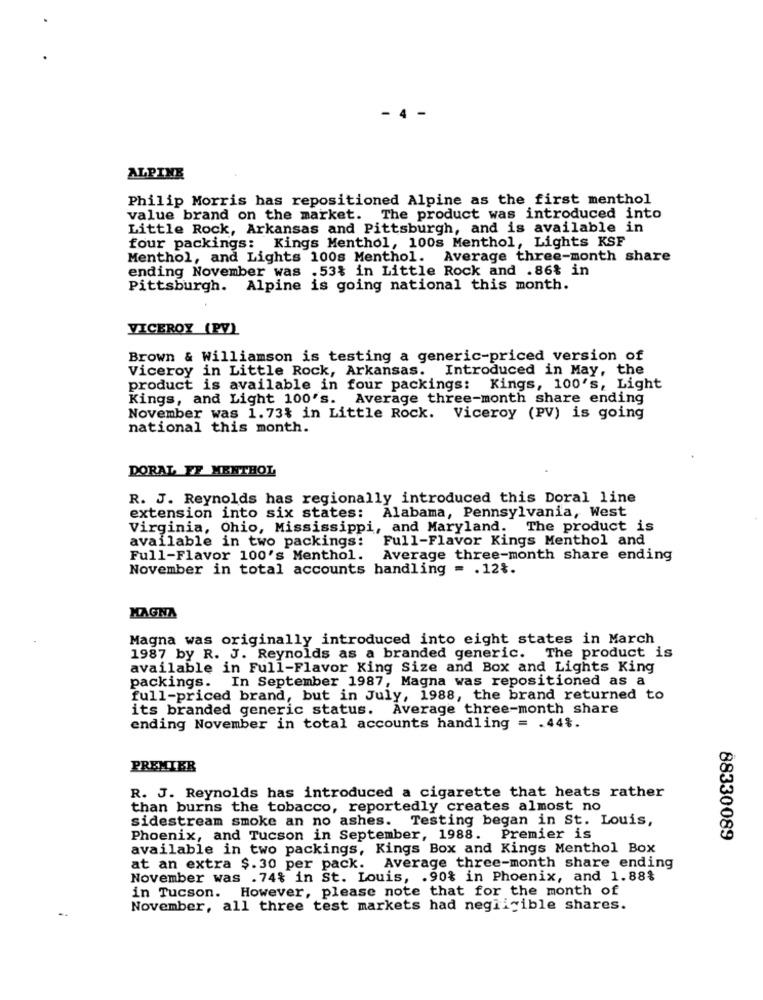
- 4
ALPINE
Philip Morris has repositioned Alpine as the first menthol
value brand on the market. The product was introduced into
Little Rock, Arkansas and Pittsburgh, and is available in
four packings: Kings Menthol, 100s Menthol, Lights KSF
Menthol, and Lights 100s Menthol. Average three-month share
ending November was .53% in Little Rock and .86% in
Pittsburgh. Alpine is going national this month.
VICEROY (PV)
Brown & Williamson is testing a generic-priced version of
Viceroy in Little Rock, Arkansas. Introduced in May, the
product is available in four packings: Kings, 100's, Light
Kings, and Light 100's. Average three-month share ending
November was 1.73% in Little Rock. Viceroy (PV) is going
national this month.
DORAL FF MENTHOL
R. J. Reynolds has regionally introduced this Doral line
extension into six states: Alabama, Pennsylvania, West
Virginia, Ohio, Mississippi, and Maryland. The product is
available in two packings: Full-Flavor Kings Menthol and
Full-Flavor 100's Menthol. Average three-month share ending
November in total accounts handling = . 12%.
MAGNA
Magna was originally introduced into eight states in March
1987 by R. J. Reynolds as a branded generic. The product is
available in Full-Flavor King Size and Box and Lights King
packings. In September 1987, Magna was repositioned as a
full-priced brand, but in July, 1988, the brand returned to
its branded generic status.
Average three-month share
ending November in total accounts handling = . 44%.
PREMIER
R. J. Reynolds has introduced a cigarette that heats rather
than burns the tobacco, reportedly creates almost no
sidestream smoke an no ashes. Testing began in St. Louis,
Phoenix, and Tucson in September, 1988. Premier is
88330089
available in two packings, Kings Box and Kings Menthol Box
at an extra $.30 per pack. Average three-month share ending
November was .74% in St. Louis, . 90% in Phoenix, and 1.88%
in Tucson. However, please note that for the month of
November, all three test markets had negligible shares.